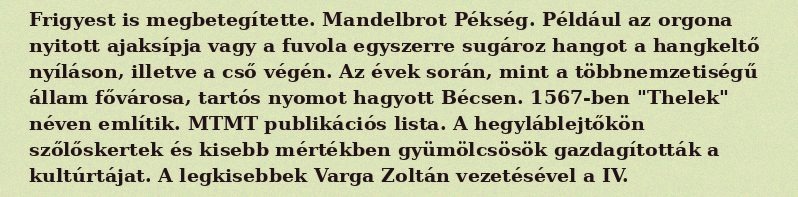
Frigyest is megbetegítette. Mandelbrot Pékség. Például az orgona nyitott ajaksípja vagy a fuvola egyszerre sugároz hangot a hangkeltő nyíláson, illetve a cső végén. Az évek során, mint a többnemzetiségű állam fővárosa, tartós nyomot hagyott Bécsen. 1567-ben "Thelek" néven említik. MTMT publikációs lista. A hegyláblejtőkön szőlőskertek és kisebb mértékben gyümölcsösök gazdagították a kultúrtájat. A legkisebbek Varga Zoltán vezetésével a IV.